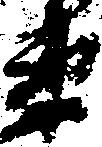
衛